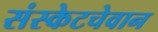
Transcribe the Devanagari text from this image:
संस्केटचेवान